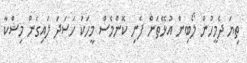
ތިޔަ ދެމީހުން ލޯބިން އުޅޭތަން ފެނި ކޮންމެސް މީހަކު ހަސަދަ ލައިގެން މިޝްކާ